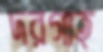
দরগাহ